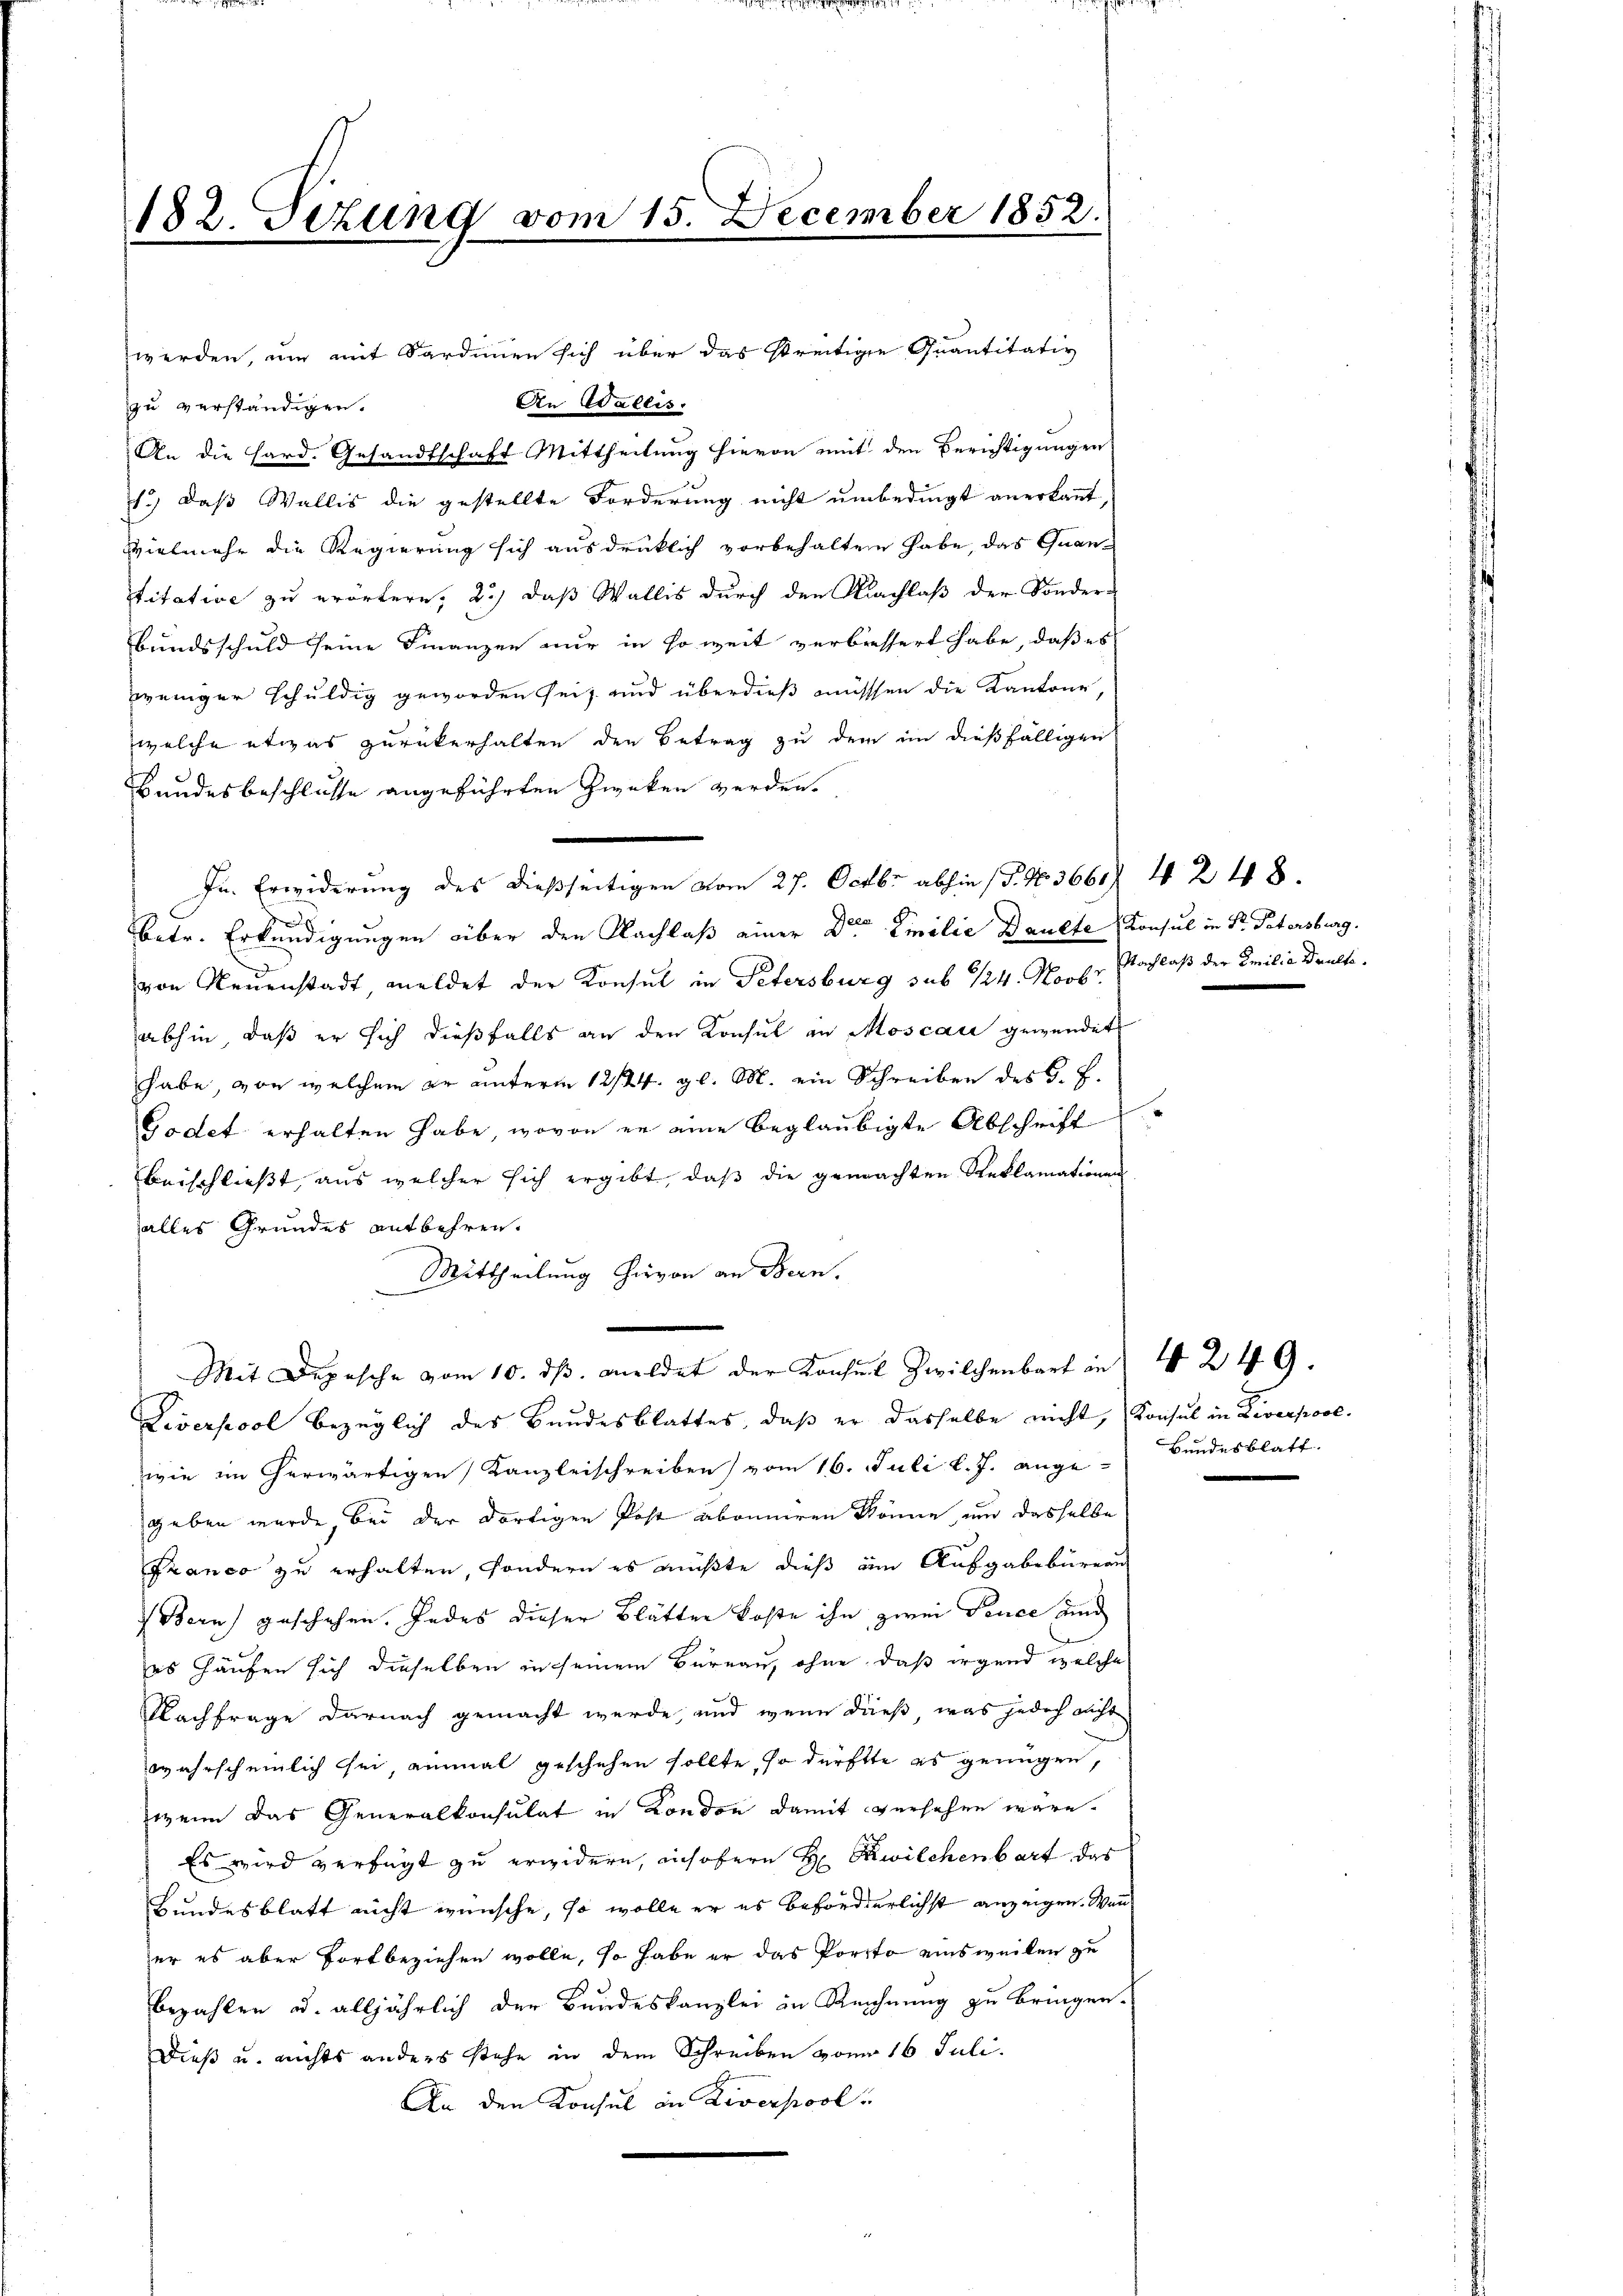
182. Sizung vom 15. December 1852.

werden, um mit Sardinien sich über das streitige Quantitativ
An Wallis.
zu verständigen.
An die Hard. Gesandtschaft Mittheilung hievon mit den Berichtigungen
1.) Daß Wallis die gestellte Forderung nicht unbedingt anerkannt,
Vielmehr die Regierung sich ausdrücklich vorbehalten habe, das Quan¬
Stitative zu erörtern, 2.) daß Wallis durch den Nachlaß der Sonder-
Bundsschuld seine Finanzen nur in so weit verbressert habe, daß es
weniger schuldig geworden sei, und überdieß müssen die Kantone
welche etwas zurükerhalten den Betrag zu dem in dießfälligen
Landesbeschlusse angeführten Zweken werden.
In Erwiderung des dießseitigen vom 27. Octbr. abhin (T. N. 3661. 4248.
s
betr. Erkundigungen über den Nachlaß einer Dr Emilie Baulte Konsul in Dr. Patersburg.
von Neuenstadt, meldet der Konsul in Petersburg sub 124. Horb. Nachlaß der Emilia Daulteabhin, daß er sich dießfalls an den Konsul an Moscau gewendet
habe, von welchem er unterm 12/24. gl. M. ein Schreiben des J. F.
Godet erhalten habe, wovon er eine beglaubigte Abschrift
beischließt, aus welcher sich ergibt, daß die gemachten Reklamationen
alles Grundes entbehren.
Mittheilung hievon an Bern,
Mit Depesche vom 10. ds. meldet der Konsul Zwilchenbart in I 249.
Diverpool bezüglich des Bundesblattes, daß er dasselbe nicht, Konsul in Liverpooe.
wie im herwärtigen Kanzleischreiben vom 16. Juli l. J. ange- Bundesblatt.
geben wurde, bei der dortigen Post abonneren könne, um dasselbe
Franco zu erhalten, sondern es müßte dieß im Ausgabebüreau
 Bern) geschehen. Indes dieser Blätter Koste ihn zwei Tence und
es Hausen sich dieselben in seinem Bureau, ohne, daß irgend welche
Nachfrage darnach gemacht werde, und wenn dieß, was jedoch nicht
wahrscheinlich sei, einmal geschehen sollte, so dürfte es genügen,
wenn das Generalkonsulat in Kondon damit versehen wäre.
Es wird verfügt zu erwidern, insofern H. Zwilchenbart das
Bundesblatt nicht wünsche, so wolle er es beförderlichst anzeigen. Wenn
er es aber fortbeziehen wolle, so habe er das Porto einsweilen zu
bezahlen u. alljährlich der Bundeskanzlei in Rechnung zu bringen.
Dieß u. nichts anders stehe in dem Schreiben vom 16. Juli.
An den Konsul in Diverpool